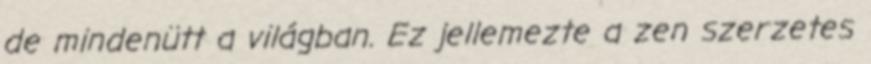
de mindenütt a világban. Ez jellemezte a zen szerzetes